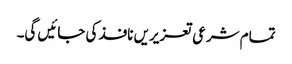
تمام شرعی تعزیریں نافذ کی جائیں گی۔